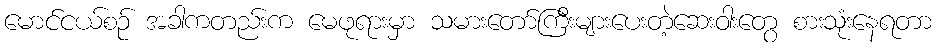
မောင်ငယ်စဉ် အခါကတည်းက မေဖုရားမှာ သမားတော်ကြီးများပေးတဲ့ဆေးဝါးတွေ စားသုံးနေရတာ